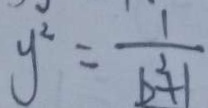
y ^ { 2 } = \frac { 1 } { b ^ { 2 } + 1 }